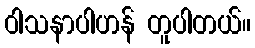
ဝါသနာပါဟန် တူပါတယ်။